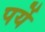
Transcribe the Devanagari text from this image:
पर्ये